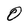
Character: O